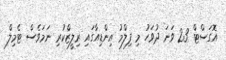
އޮގަސްޓް 23 ވަނަ ދުވަހު މި ފިލްމު އިންޑިއާގައި ރިލީޒްކުރި ނަމަވެސް ޓެމިލް